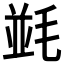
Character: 𣮧